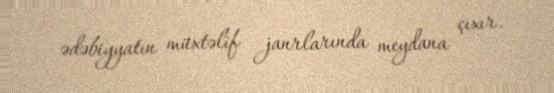
ədəbiyyatın müxtəlif janrlarında meydana çıxır.